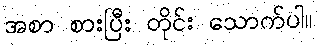
အစာ စားပြီး တိုင်း သောက်ပါ။